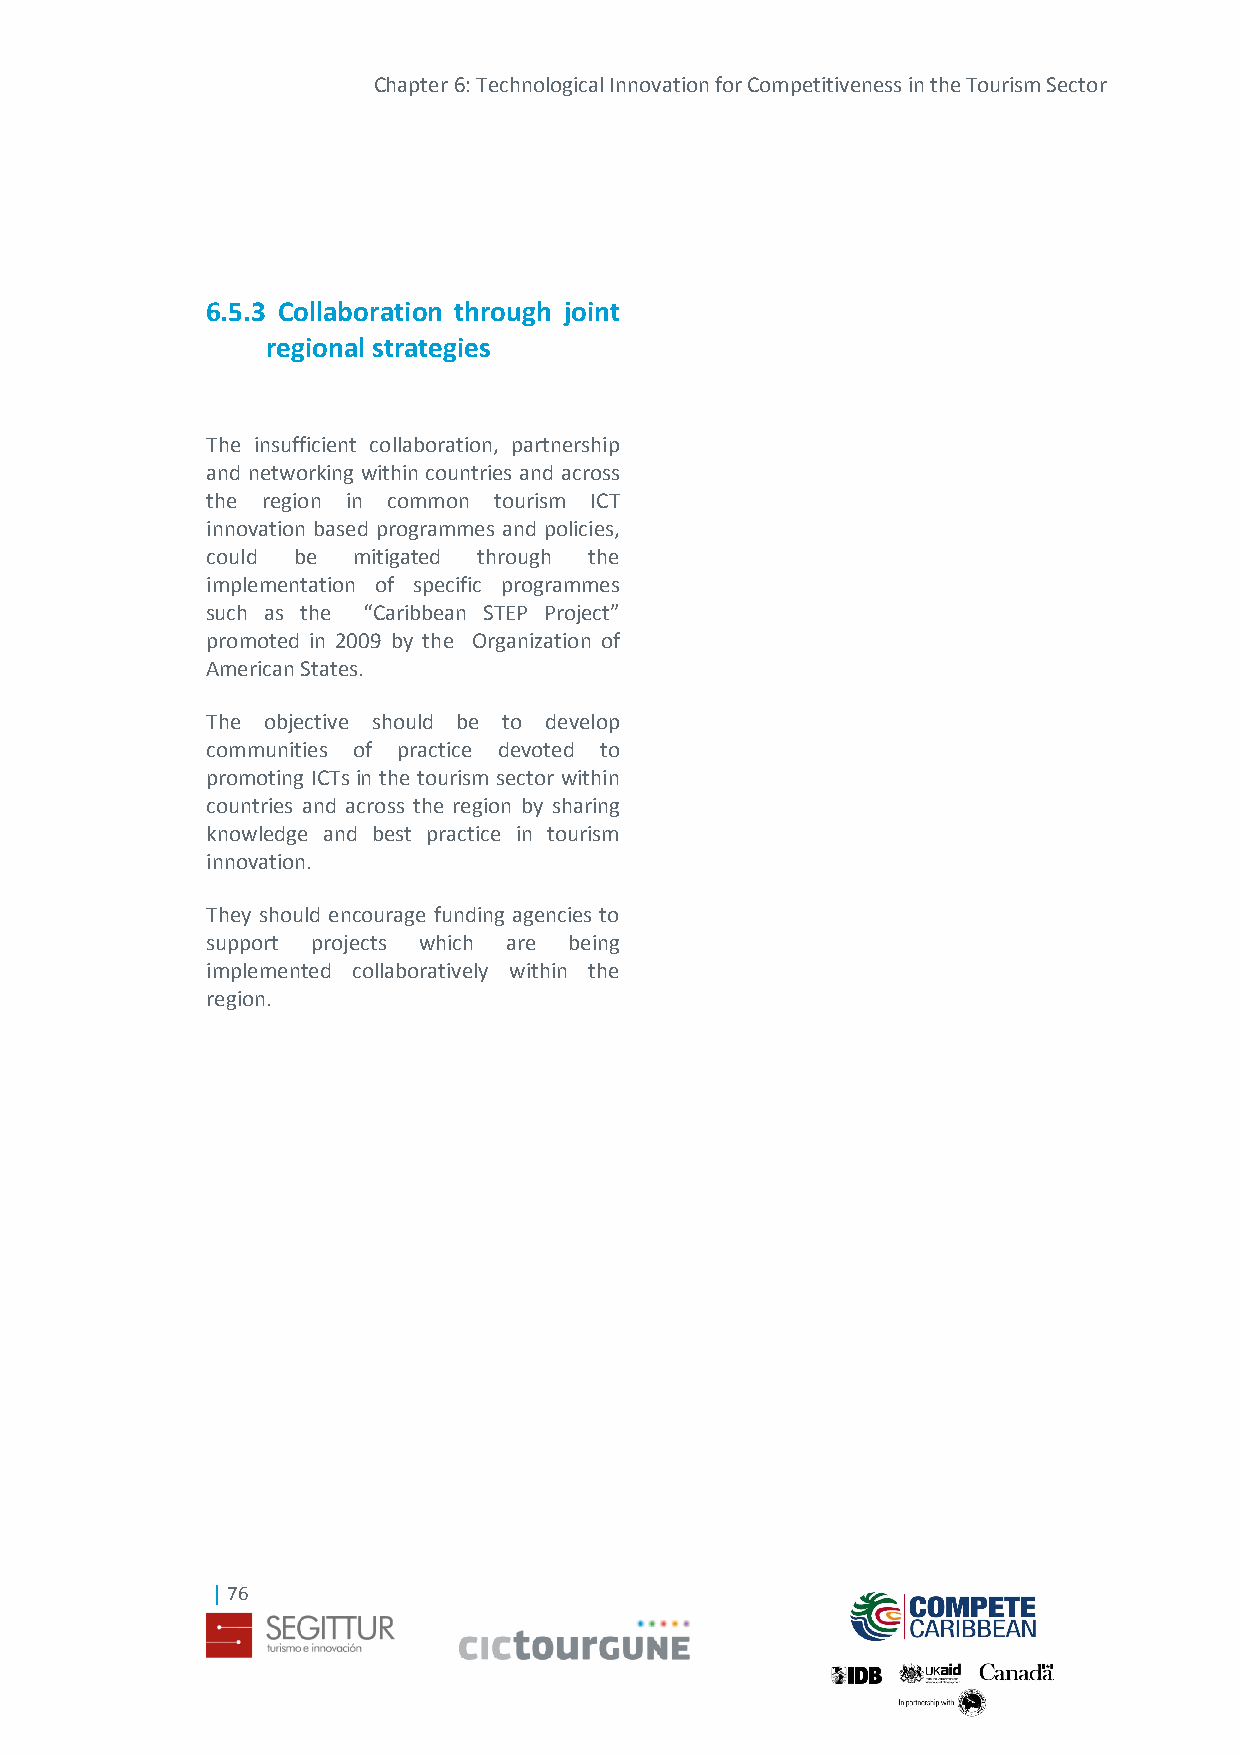
Chapter 6: Technological Innovation for Competitiveness in the Tourism Sector
 6.5.3 Collaboration through joint
 regional strategies
 The insufficient collaboration, partnership
 and networking within countries and across
 the region in common tourism ICT
 innovation based programmes and policies,
 could be mitigated through the
 implementation of specific programmes
 such as the “Caribbean STEP Project”
 promoted in 2009 by the Organization of
 American States.
 The objective should be to develop
 communities of practice devoted to
 promoting ICTs in the tourism sector within
 countries and across the region by sharing
 knowledge and best practice in tourism
 innovation.
 They should encourage funding agencies to
 support projects which are being
 implemented collaboratively within the
 region.
 | 76